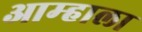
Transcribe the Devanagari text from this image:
आम्‍हाला